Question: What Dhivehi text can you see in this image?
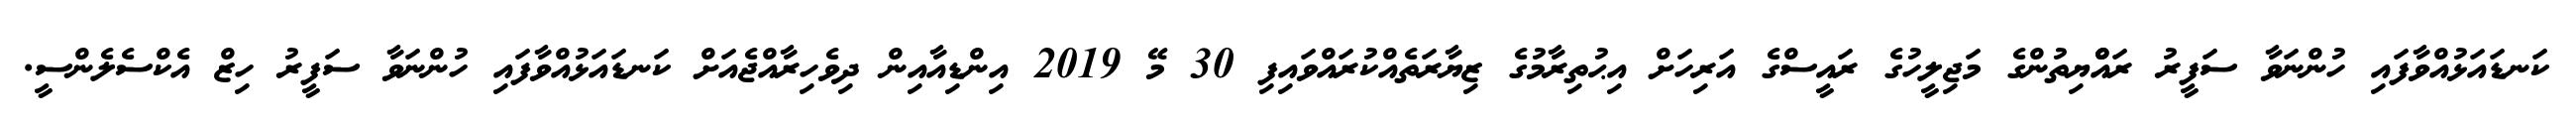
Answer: ކަނޑައަޅުއްވާފައި ހުންނަވާ ސަފީރު ރައްްޔިތުންގެ މަޖިލީހުގެ ރައީސްގެ އަރިހަށް އިޙުތިރާމުގެ ޒިޔާރަތެއްކުރައްވައިފި 30 މޭ 2019 އިންޑިއާއިން ދިވެހިރާއްޖެއަށް ކަނޑައަޅުއްވާފައި ހުންނަވާ ސަފީރު ހިޒް އެކްސެލެންސީ.